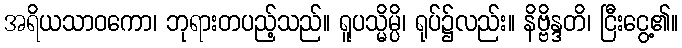
အရိယသာဝကော၊ ဘုရားတပည့်သည်။ ရူပသ္မိမ္ပိ၊ ရုပ်၌လည်း။ နိဗ္ဗိန္ဒတိ၊ ငြီးငွေ့၏။